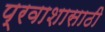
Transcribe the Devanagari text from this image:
प्रवाशासाठी